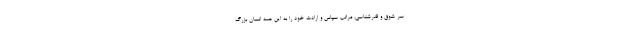
سر شوق و قدرشناسی، مراتب سپاس و ارادت خود را به این همه انسان بزرگ